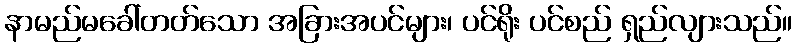
နာမည်မခေါ်တတ်သော အခြားအပင်များ၊ ပင်ရိုး ပင်စည် ရှည်လျားသည်။